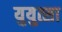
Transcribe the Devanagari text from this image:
युयुत्सा